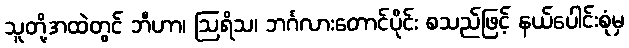
သူတို့အထဲတွင် ဘီဟာ၊ ဩရိသ၊ ဘင်္ဂလားတောင်ပိုင်း စသည်ဖြင့် နယ်ပေါင်းစုံမှ